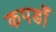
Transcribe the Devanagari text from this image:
कपडोँ